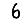
Digit: 6